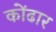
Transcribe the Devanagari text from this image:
कोंढार